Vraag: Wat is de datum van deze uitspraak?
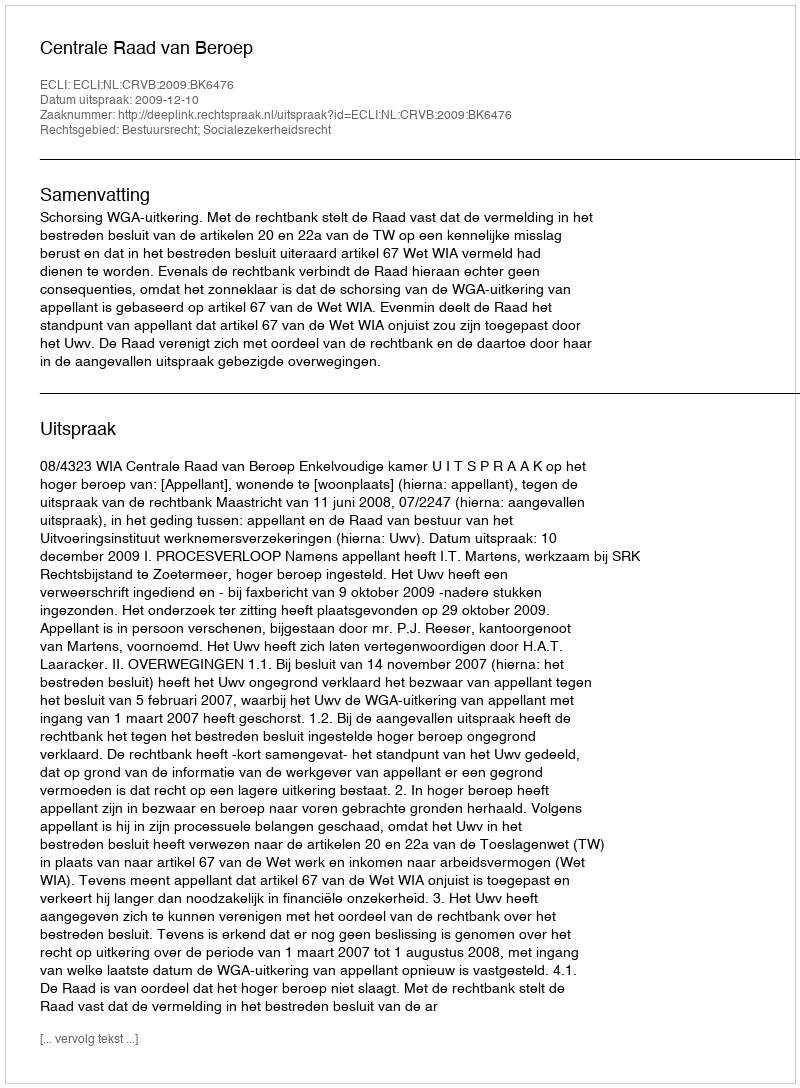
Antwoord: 2009-12-10